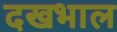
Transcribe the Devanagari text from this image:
दखभाल